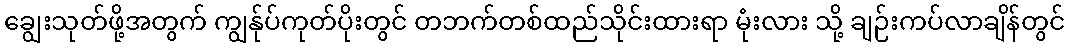
ချွေးသုတ်ဖို့အတွက် ကျွန်ုပ်ကုတ်ပိုးတွင် တဘက်တစ်ထည်သိုင်းထားရာ မုံးလား သို့ ချဉ်းကပ်လာချိန်တွင်